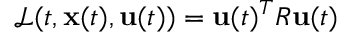
\mathcal { L } ( t , \mathbf { x } ( t ) , \mathbf { u } ( t ) ) = \mathbf { u } ( t ) ^ { T } R \mathbf { u } ( t )